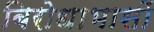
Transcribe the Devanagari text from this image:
बिरोधाभासों